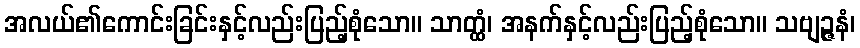
အလယ်၏ကောင်းခြင်းနှင့်လည်းပြည့်စုံသော။ သာတ္ထံ၊ အနက်နှင့်လည်းပြည့်စုံသော။ သဗျဉ္ဇနံ၊